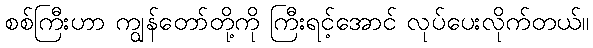
စစ်ကြီးဟာ ကျွန်တော်တို့ကို ကြီးရင့်အောင် လုပ်ပေးလိုက်တယ်။